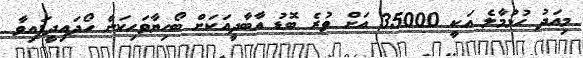
މިއަދު ހުޅުމާލެ އަކީ 35000 އަށް ވުރެ ބޮޑު އާބާދީއަކަށް ބޯހިޔާވަހިކަން ހޯދައިދީފައިވާ